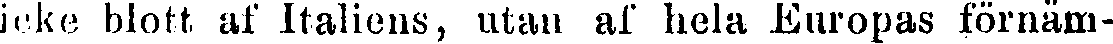
icke blott af Italiens, utan af hela Europas förnäm-